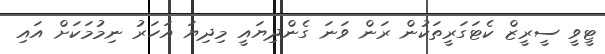
ޓީވީ ސީރީޒް ކެޓަގަރީތަކުން ރަން ވަނަ ގެންދިޔައީ މިދިޔަ އަހަރު ނިމުމަކަށް އައި